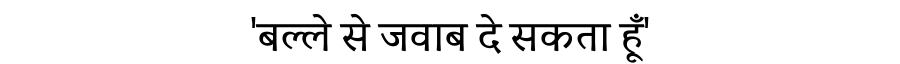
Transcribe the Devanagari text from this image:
'बल्ले से जवाब दे सकता हूँ'